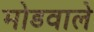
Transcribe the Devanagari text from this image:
मोडवाले